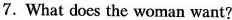
7.What does the woman want?